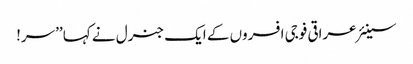
سینئر عراقی فوجی افسروں کے ایک جنرل نے کہا ’’سر!